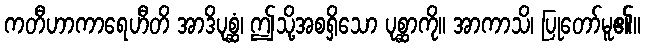
ကတီဟာကာရေဟီတိ အာဒိပုစ္ဆံ၊ ဤသို့အစရှိသော ပုစ္ဆာကို။ အာကာသိ၊ ပြုတော်မူ၏။